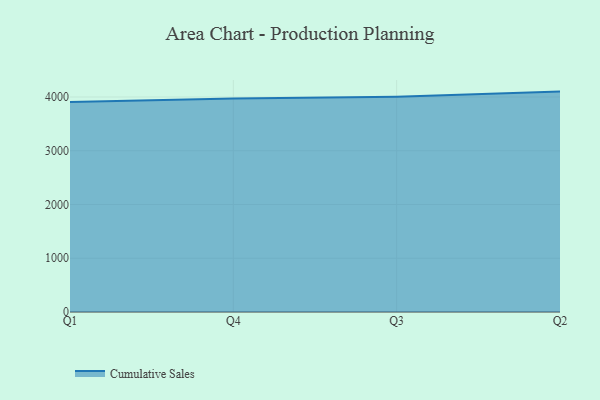
{"axis": {"x": "Quarter", "y": "Headcount"}, "legend": ["Cumulative Sales"], "data": [{"x": "Q1", "y": 3907.5, "type": "Cumulative Sales"}, {"x": "Q4", "y": 3970.8, "type": "Cumulative Sales"}, {"x": "Q3", "y": 4005.7, "type": "Cumulative Sales"}, {"x": "Q2", "y": 4100.0, "type": "Cumulative Sales"}]}